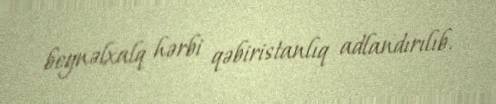
beynəlxalq hərbi qəbiristanlıq adlandırılıb.